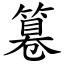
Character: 篹